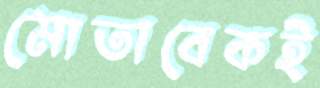
মোতাবেকই